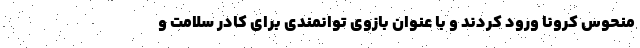
منحوس کرونا ورود کردند و با عنوان بازوی توانمندی برای کادر سلامت و